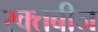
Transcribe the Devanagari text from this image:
रक्‍तबीज